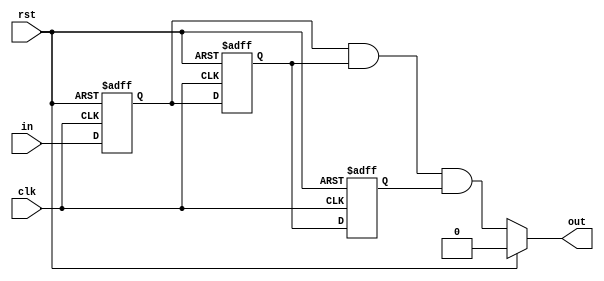
`timescale 1ns / 1ps
//////////////////////////////////////////////////////////////////////////////////
// Company: 
// Engineer: 
// 
// Design Name: 
// Module Name: Debouncer
// Project Name: 
// Target Devices: 
// Tool Versions: 
// Description: 
// 
// Dependencies: 
// 
// Revision:
// Revision 0.01 - File Created
// Additional Comments:
// 
//////////////////////////////////////////////////////////////////////////////////

module debouncer(input clk, rst, in, output out);
reg q1,q2,q3;
always@(posedge clk, posedge rst) begin
 if(rst == 1'b1) begin
 q1 <= 0;
 q2 <= 0;
 q3 <= 0;
 end
 else begin
 q1 <= in;
 q2 <= q1;
 q3 <= q2;
 end
end
assign out = (rst) ? 0 : q1&q2&q3;
endmodule